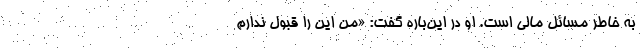
به خاطر مسائل مالی است. او در این‌باره گفت: «من این را قبول ندارم